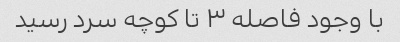
با وجود فاصله ۳ تا کوچه سرد رسید